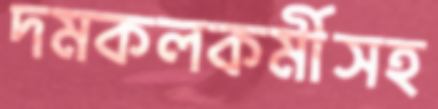
দমকলকর্মীসহ